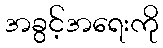
အခွင့်အရေးကို